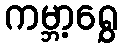
ကမ္ဘာ့ရွှေ